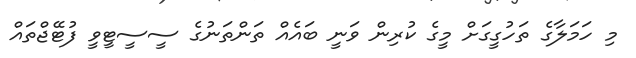
މި ހަމަލާގެ ތަހުގީގަށް މީގެ ކުރިން ވަނީ ބައެއް ތަންތަނުގެ ސީސީޓީވީ ފުޓޭޖްތައް